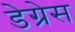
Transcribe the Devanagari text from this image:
डेग्रेस